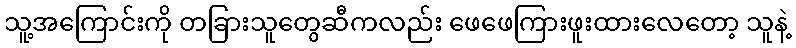
သူ့အကြောင်းကို တခြားသူတွေဆီကလည်း ဖေဖေကြားဖူးထားလေတော့ သူနဲ့